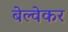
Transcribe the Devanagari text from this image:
बेल्वेकर